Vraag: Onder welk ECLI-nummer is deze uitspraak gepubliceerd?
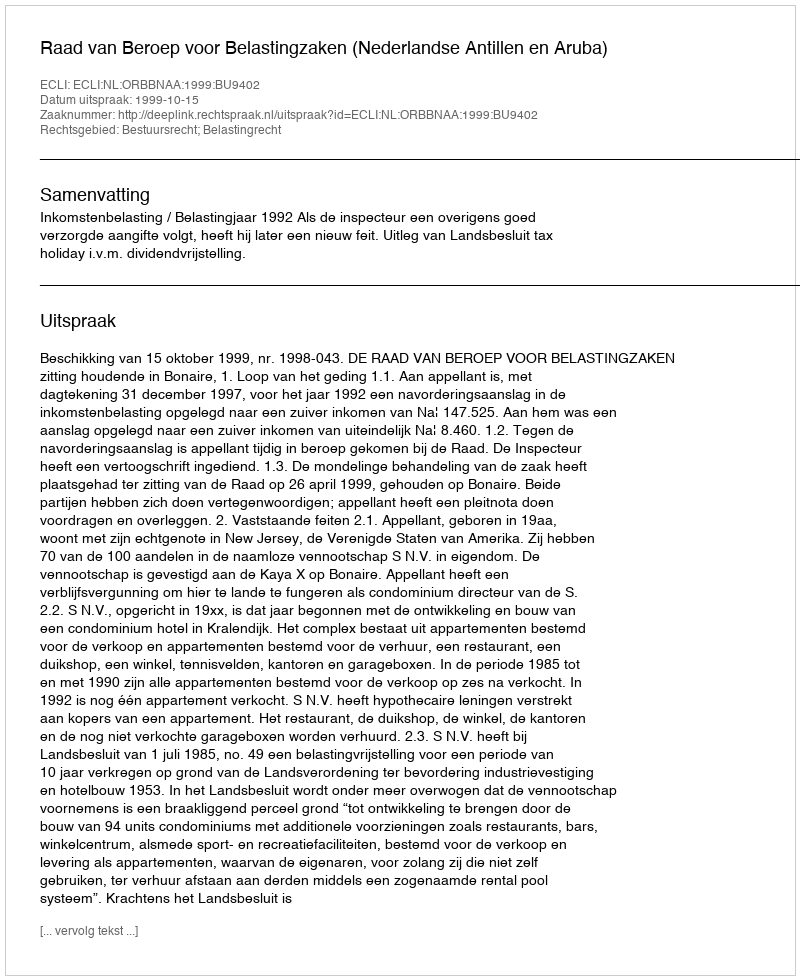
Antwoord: ECLI:NL:ORBBNAA:1999:BU9402